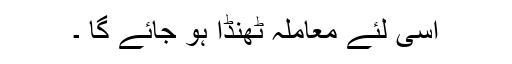
اسی لئے معاملہ ٹھنڈا ہو جائے گا ۔